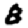
Digit: 8